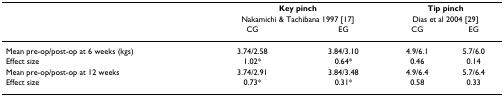
|  | <COLSPAN=2> Key pinch | <COLSPAN=2> Tip pinch |
 |  | <COLSPAN=2> Nakamichi & Tachibana 1997 [17] | <COLSPAN=2> Dias et al 2004 [29] |
 |  | CG | EG | CG | EG |
 | --- | --- | --- | --- | --- |
 | Mean pre-op/post-op at 6 weeks (kgs) | 3.74/2.58 | 3.84/3.10 | 4.9/6.1 | 5.7/6.0 |
 | Effect size | 1.02* | 0.64* | 0.46 | 0.14 |
 | Mean pre-op/post-op at 12 weeks | 3.74/2.91 | 3.84/3.48 | 4.9/6.4 | 5.7/6.4 |
 | Effect size | 0.73* | 0.31* | 0.58 | 0.33 |